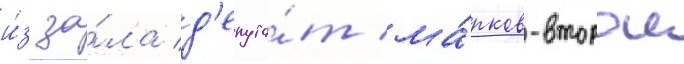
и́з за́ла д'епута́т ма́рков-второи